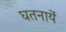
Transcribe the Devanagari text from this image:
घतनायें